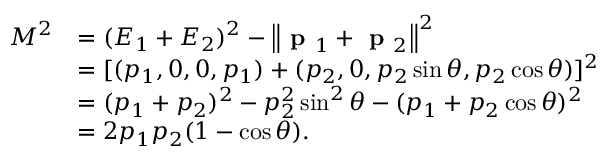
{ \begin{array} { r l } { M ^ { 2 } } & { = ( E _ { 1 } + E _ { 2 } ) ^ { 2 } - \left\| { \textbf { p } } _ { 1 } + { \textbf { p } } _ { 2 } \right\| ^ { 2 } } \\ & { = [ ( p _ { 1 } , 0 , 0 , p _ { 1 } ) + ( p _ { 2 } , 0 , p _ { 2 } \sin \theta , p _ { 2 } \cos \theta ) ] ^ { 2 } } \\ & { = ( p _ { 1 } + p _ { 2 } ) ^ { 2 } - p _ { 2 } ^ { 2 } \sin ^ { 2 } \theta - ( p _ { 1 } + p _ { 2 } \cos \theta ) ^ { 2 } } \\ & { = 2 p _ { 1 } p _ { 2 } ( 1 - \cos \theta ) . } \end{array} }